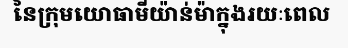
នៃក្រុមយោធាមីយ៉ាន់ម៉ាក្នុងរយៈពេល